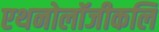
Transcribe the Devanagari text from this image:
एथनोलॉजीकलि